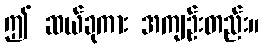
ဤ ဆယ်ခုကား အကျဉ်းတည်း။